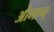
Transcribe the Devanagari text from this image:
ओमान्